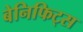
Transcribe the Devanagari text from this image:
बेनिफिट्स